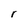
Character: r